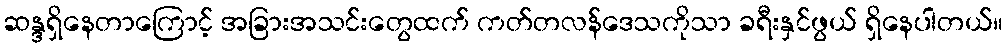
ဆန္ဒရှိနေတာကြောင့် အခြားအသင်းတွေထက် ကတ်တလန်ဒေသကိုသာ ခရီးနှင်ဖွယ် ရှိနေပါတယ်။